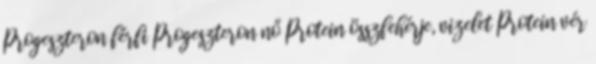
Progeszteron férfi Progeszteron nő Protein összfehérje, vizelet Protein vér